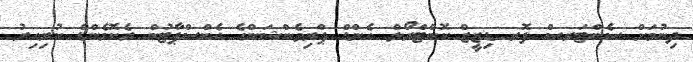
ދިނުމަށް ސެންޓަރސް ފޮރ ޑިޒީޒް ކޮންޓްރޯލް އެންޑް ޕްރިވެންޝަންގެ އެކްސްޕާޓުން ރެކޮމެންޑް ކުރިއިރު